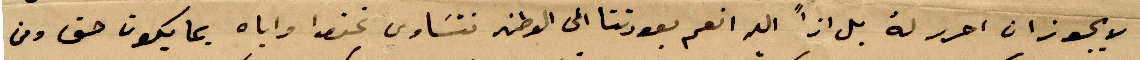
لا يجوز ان احرر له بل اذًا الله انعم بعودتنا الى الوطن نتساوى نحن واياه بما يكون حق ومن